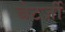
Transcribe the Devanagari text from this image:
चेटर्जी